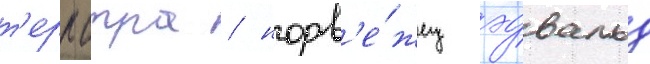
т'ерпстра / норв'е́жец эдвальд